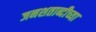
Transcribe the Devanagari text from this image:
जनशताब्दीच्या